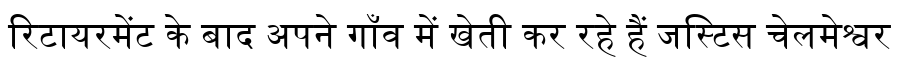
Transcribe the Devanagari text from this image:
रिटायरमेंट के बाद अपने गाँव में खेती कर रहे हैं जस्टिस चेलमेश्वर